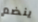
ينضم